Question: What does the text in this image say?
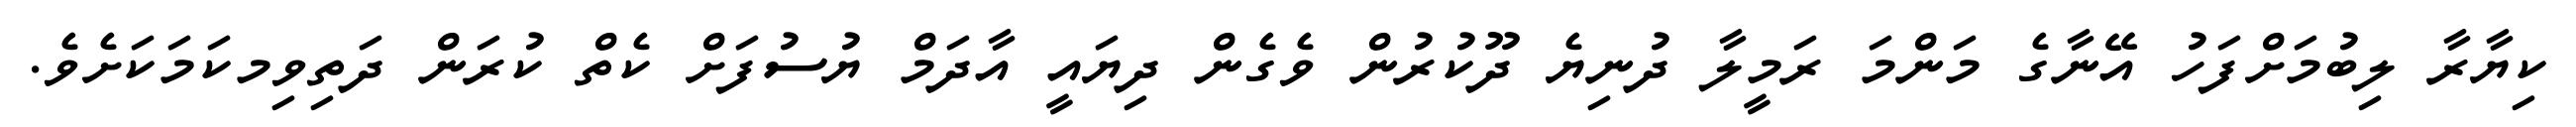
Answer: ކިޔާރާ ލިބުމަށްފަހު އޭނާގެ މަންމަ ރަމީލާ ދުނިޔެ ދޫކުރުން ވެގެން ދިޔައީ އާދަމް ޔުސުފަށް ކެތް ކުރަން ދަތިވިމކަމަކަށެވެ.